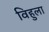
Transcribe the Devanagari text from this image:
विहुला